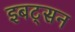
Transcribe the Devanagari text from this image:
इबट्सन